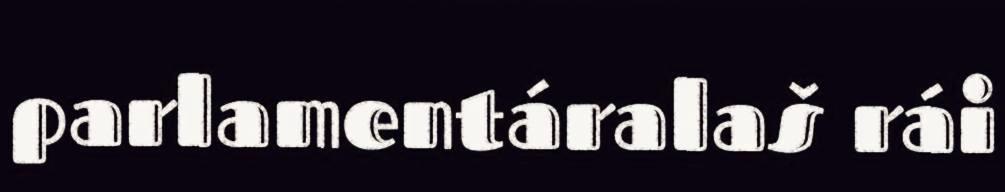
parlamentáralaš rái